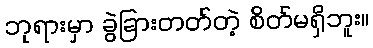
ဘုရားမှာ ခွဲခြားတတ်တဲ့ စိတ်မရှိဘူး။